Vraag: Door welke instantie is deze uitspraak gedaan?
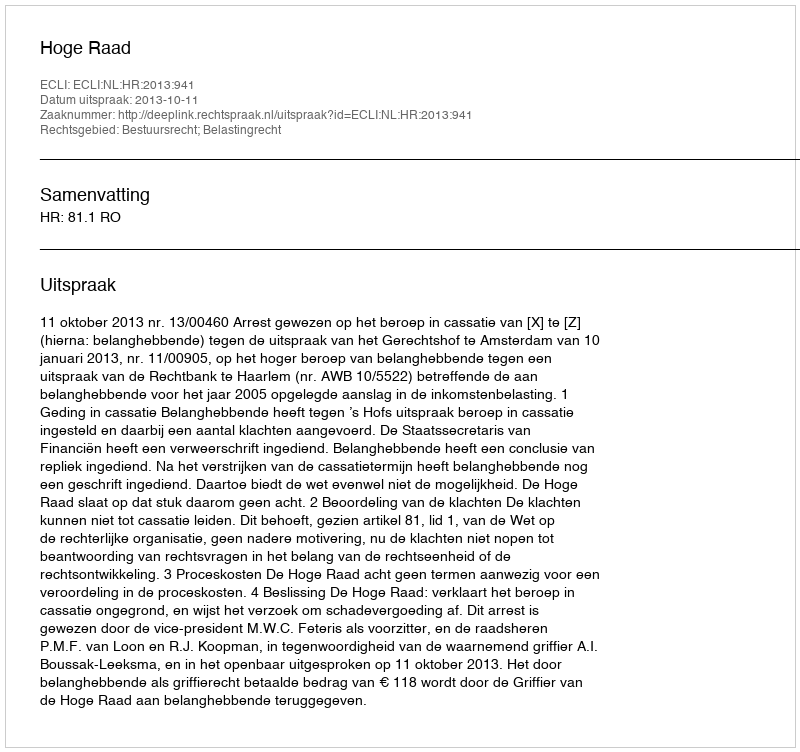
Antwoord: Hoge Raad